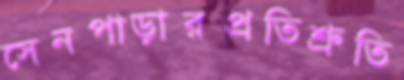
সেনপাড়ারপ্রতিশ্রুতি